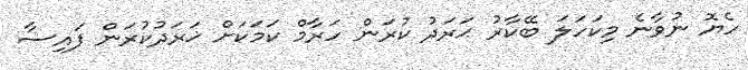
ހެޔޮ ނުވާނެ މިކަހަލަ ބޭކާރު ޙަރަދު ކުރަން ހަރާމް ކަމަކަށް ޚަރަދުކުރަން ފައިސާ